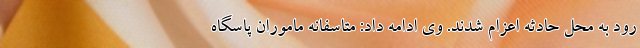
رود به محل حادثه اعزام شدند. وی ادامه داد: متاسفانه ماموران پاسگاه